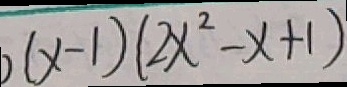
( x - 1 ) ( 2 x ^ { 2 } - x + 1 )